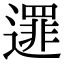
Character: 𨗻